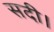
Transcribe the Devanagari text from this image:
सदी।